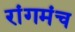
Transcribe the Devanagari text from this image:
रांगमंच